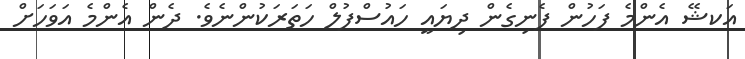
އަކޝޭ އެންމެ ފަހުން ފެނިގެން ދިޔައީ ހައުސްފުލް ހަތަރަކުންނެވެ. ދެން އެންމެ އަވަހަށް